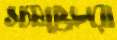
স্যামুয়েলরা